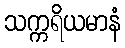
သက္ကရိယမာနံ